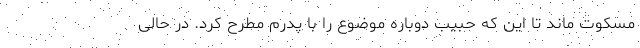
مسکوت ماند تا این که حبیب دوباره موضوع را با پدرم مطرح کرد. در حالی